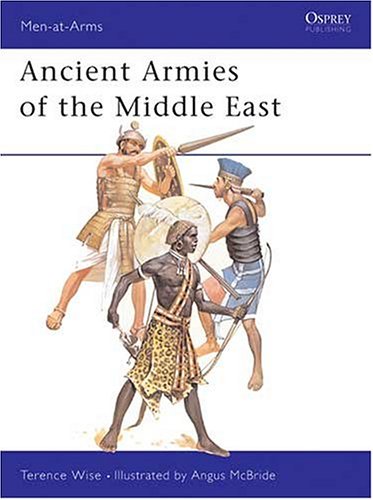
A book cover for Ancient Armies of the Middle East (Men-at-Arms); Terence Wise; History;